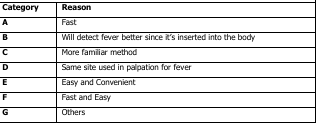
| Category | Reason |
 | --- | --- |
 | A | Fast |
 | B | Will detect fever better since it's inserted into the body |
 | C | More familiar method |
 | D | Same site used in palpation for fever |
 | E | Easy and Convenient |
 | F | Fast and Easy |
 | G | Others |